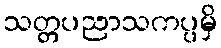
သတ္တပညာသကပ္ပမှိ